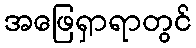
အဖြေရှာရာတွင်